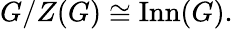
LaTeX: G/Z(G)\cong\operatorname{Inn}(G).